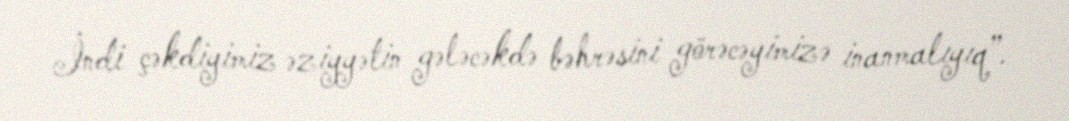
İndi çəkdiyimiz əziyyətin gələcəkdə bəhrəsini görəcəyimizə inanmalıyıq”.